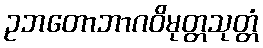
ဥဘတောဘာဂဝိမုတ္တသုတ္တံ